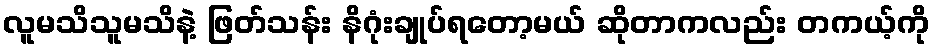
လူမသိသူမသိနဲ့ ဖြတ်သန်း နိဂုံးချုပ်ရတော့မယ် ဆိုတာကလည်း တကယ့်ကို